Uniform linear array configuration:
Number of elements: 16
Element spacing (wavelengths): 1
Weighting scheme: hann
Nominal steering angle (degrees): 60
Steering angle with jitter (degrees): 60.948
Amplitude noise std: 0.05
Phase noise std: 0.05

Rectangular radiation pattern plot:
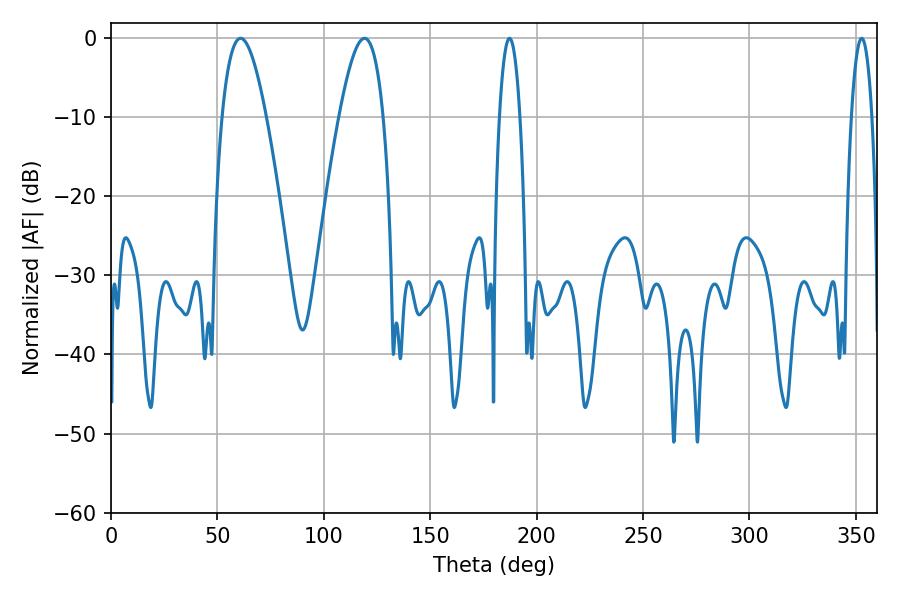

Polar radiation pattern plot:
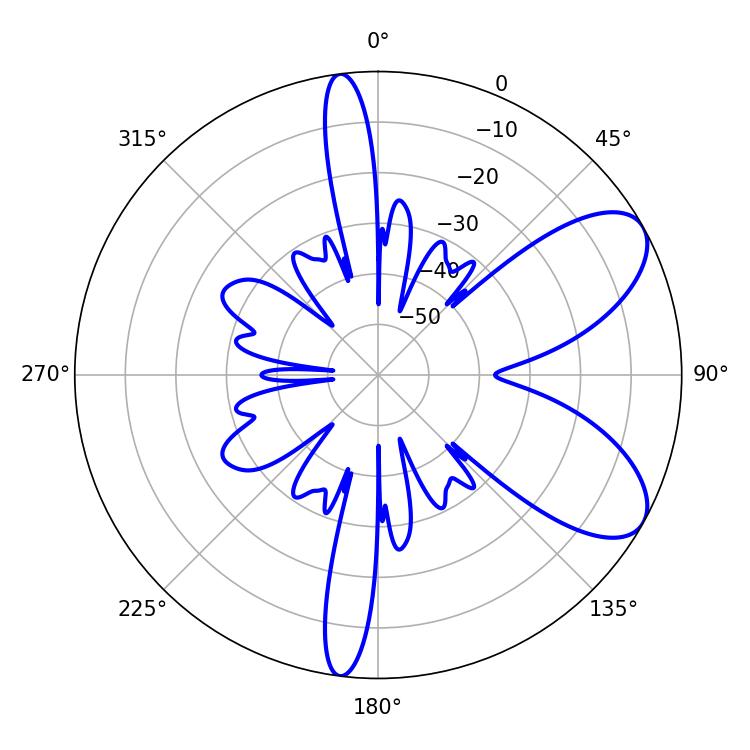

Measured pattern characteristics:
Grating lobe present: TRUE
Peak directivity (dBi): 7.592
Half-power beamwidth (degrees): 11.16
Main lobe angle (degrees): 60.84